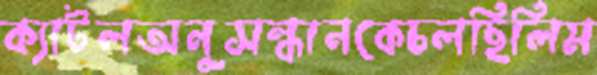
ক্যাটলঅনুসন্ধানকেচলছিলিম